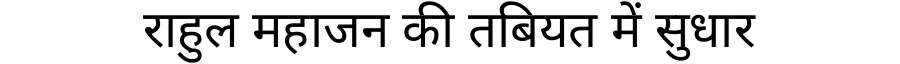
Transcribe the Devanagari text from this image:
राहुल महाजन की तबियत में सुधार